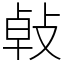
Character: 㪕